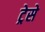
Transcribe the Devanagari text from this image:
ट्रेसे